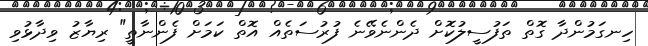
ހިނގަމުންދާ ގޮތް ތަފުސީލުކޮށް ދެންނެވޭނެ ފުރުސަތެއް އޮތް ކަމަށް ފެންނާތީ" ރިޔާޒު ވިދާޅުވި